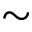
\sim